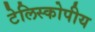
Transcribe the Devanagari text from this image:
टेलिस्कोपीय